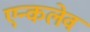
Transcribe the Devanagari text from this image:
एन्कलेव